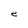
Character: e